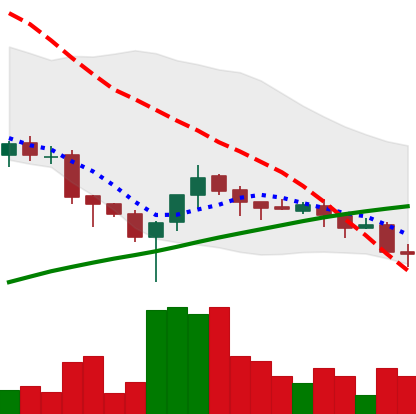
Ticker: XLM-USD
Chart end date: 2018-03-30
Forward return: 8.146%
Label: up_7plus